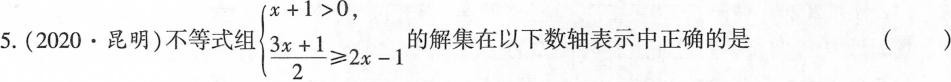
5.(2020·昆明)不等式组$$ \left\{ \begin{matrix} x+1>0, \\ \frac{3x+1}{2}\geq 2x-1 \end{matrix} \right.$$的解集在以下数轴表示中正确的是 ()